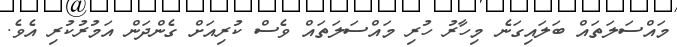
މައްސަލަތައް ބަލައިގަނެ މިހާރު ހުރި މައްސަލަތައް ވެސް ކުރިއަށް ގެންދަން އަމުރުކުރި އެވެ.